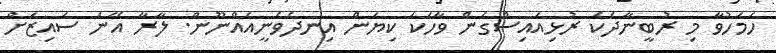
ހަމަހުވާ މި ރުބީނާދެކެ ރުޅިއައިސްގެން ވާހަކަ ކިޔަން އިނދެވެނީއެއްނޫން. ލާރާ އޭނަ ސައިޒަށް